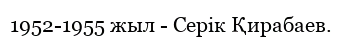
1952-1955 жыл - Серік Қирабаев.